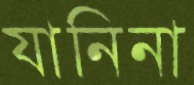
যানিনা